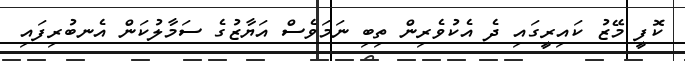
ކޮފީ މޭޒު ކައިރީގައި ދެ އެކުވެރިން ތިބި ނަމަވެސް އަޔާޒުގެ ސަމާލުކަން އެނބުރިފައި